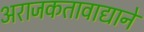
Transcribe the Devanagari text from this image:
अराजकतावाद्याने